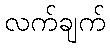
လက်ချက်